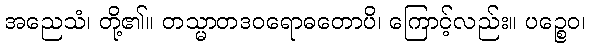
အညေသံ၊ တို့၏။ တသ္မာတဒဝရောဓတောပိ၊ ကြောင့်လည်း။ ပဉ္စေဝ၊